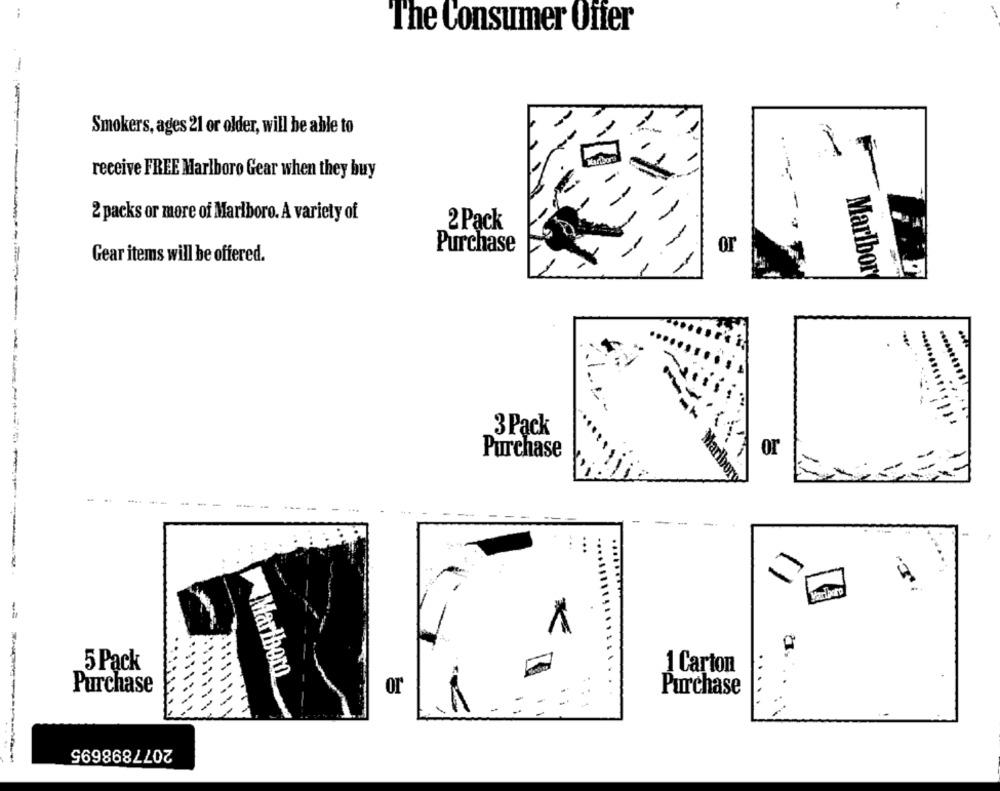
The Consumer Offer
-
Smokers, ages 21 or older, will be able to
receive FREE Marlboro Gear when they buy
2 packs or more of Marlboro. A variety of
2 Pack
- -
Purchase
or
Gear items will be offered.
Marlbor
3 Pack
or
Purchase
Maribor
*
5 Pack
Marlboro
1 Carton
Purchase
or
Purchase
2077898695